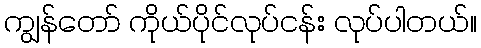
ကျွန်တော် ကိုယ်ပိုင်လုပ်ငန်း လုပ်ပါတယ်။